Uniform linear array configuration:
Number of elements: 24
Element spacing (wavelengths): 1
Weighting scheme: hamming
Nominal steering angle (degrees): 0
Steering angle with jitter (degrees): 1.945
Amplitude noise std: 0.05
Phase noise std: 0.05

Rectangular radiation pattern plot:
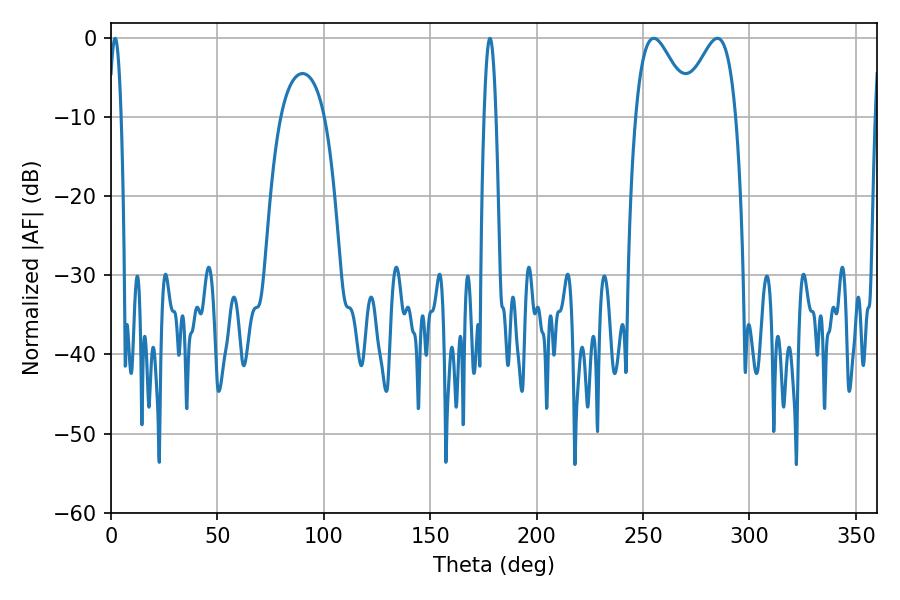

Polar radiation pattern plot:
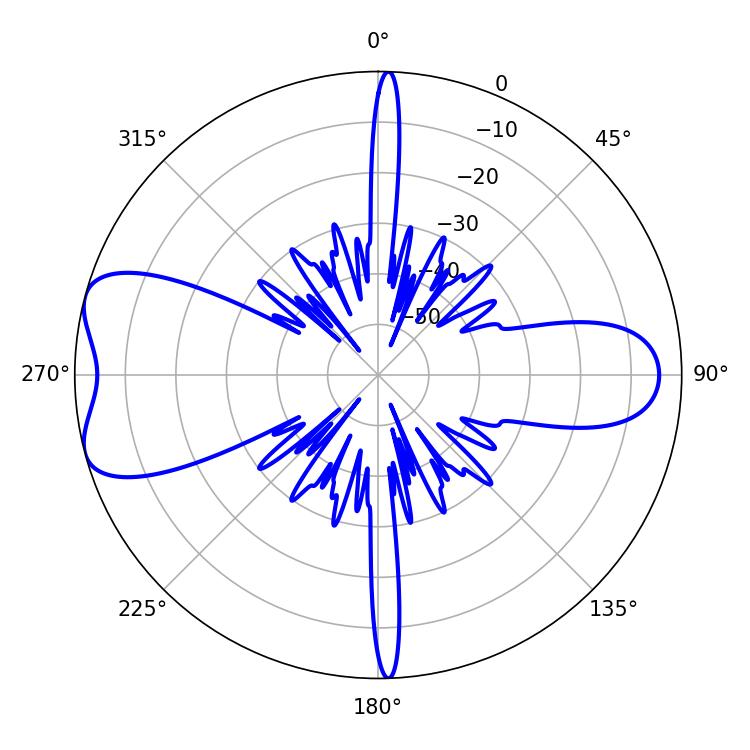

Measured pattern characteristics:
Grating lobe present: TRUE
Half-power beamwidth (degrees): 13.86
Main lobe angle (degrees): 255.06